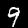
Digit: 9